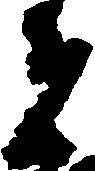
者